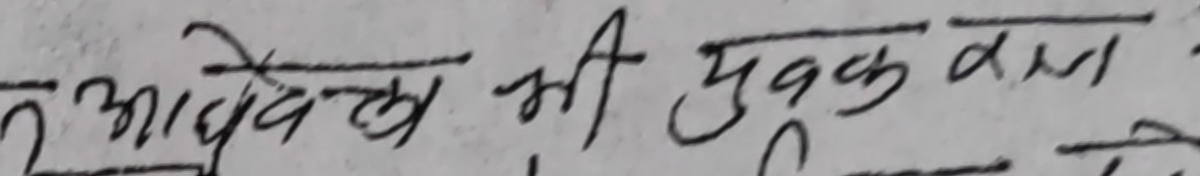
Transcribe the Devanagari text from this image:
तू आवेदन भी युवकका